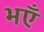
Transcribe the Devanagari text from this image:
भएँ